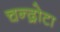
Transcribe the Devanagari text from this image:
चन्द्रोटा